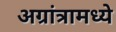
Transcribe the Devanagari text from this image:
अग्रांत्रामध्ये